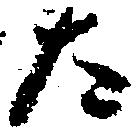
た